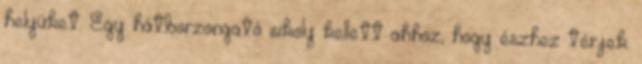
helyüket. Egy hátborzongató sikoly kellett ahhoz, hogy észhez térjek.